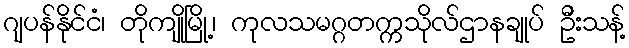
ဂျပန်နိုင်ငံ၊ တိုကျိုမြို့၊ ကုလသမဂ္ဂတက္ကသိုလ်ဌာနချုပ် ဦးသန့်